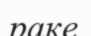
раке